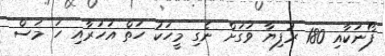
ފޯނަކާއި 180 ރުފިޔާ ވަގަށް ނެގި މީހަކު ހަތް އަހަރާއި ހަ މަސް